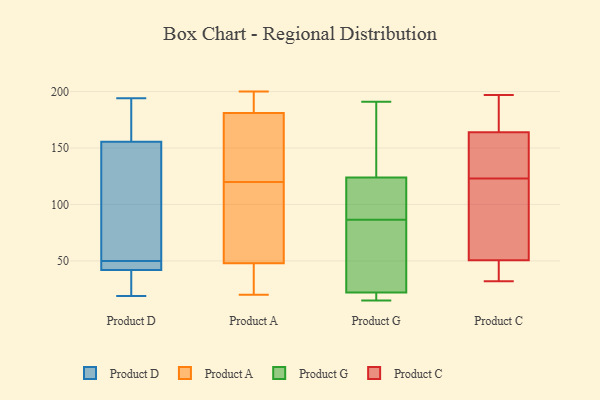
{"axis": {"x": "Operating Costs (USD K)", "y": "Value"}, "legend": ["Product A", "Product C", "Product D", "Product G"], "data": [{"x": "", "y": 178, "type": "Product D"}, {"x": "", "y": 19, "type": "Product D"}, {"x": "", "y": 36, "type": "Product D"}, {"x": "", "y": 137, "type": "Product D"}, {"x": "", "y": 194, "type": "Product D"}, {"x": "", "y": 44, "type": "Product D"}, {"x": "", "y": 151, "type": "Product D"}, {"x": "", "y": 30, "type": "Product D"}, {"x": "", "y": 169, "type": "Product D"}, {"x": "", "y": 44, "type": "Product D"}, {"x": "", "y": 50, "type": "Product D"}, {"x": "", "y": 46, "type": "Product D"}, {"x": "", "y": 58, "type": "Product D"}, {"x": "", "y": 115, "type": "Product A"}, {"x": "", "y": 198, "type": "Product A"}, {"x": "", "y": 130, "type": "Product A"}, {"x": "", "y": 164, "type": "Product A"}, {"x": "", "y": 27, "type": "Product A"}, {"x": "", "y": 20, "type": "Product A"}, {"x": "", "y": 199, "type": "Product A"}, {"x": "", "y": 125, "type": "Product A"}, {"x": "", "y": 200, "type": "Product A"}, {"x": "", "y": 62, "type": "Product A"}, {"x": "", "y": 56, "type": "Product A"}, {"x": "", "y": 40, "type": "Product A"}, {"x": "", "y": 22, "type": "Product G"}, {"x": "", "y": 15, "type": "Product G"}, {"x": "", "y": 191, "type": "Product G"}, {"x": "", "y": 124, "type": "Product G"}, {"x": "", "y": 26, "type": "Product G"}, {"x": "", "y": 17, "type": "Product G"}, {"x": "", "y": 110, "type": "Product G"}, {"x": "", "y": 103, "type": "Product G"}, {"x": "", "y": 70, "type": "Product G"}, {"x": "", "y": 182, "type": "Product G"}, {"x": "", "y": 40, "type": "Product C"}, {"x": "", "y": 188, "type": "Product C"}, {"x": "", "y": 32, "type": "Product C"}, {"x": "", "y": 32, "type": "Product C"}, {"x": "", "y": 168, "type": "Product C"}, {"x": "", "y": 145, "type": "Product C"}, {"x": "", "y": 70, "type": "Product C"}, {"x": "", "y": 54, "type": "Product C"}, {"x": "", "y": 35, "type": "Product C"}, {"x": "", "y": 142, "type": "Product C"}, {"x": "", "y": 163, "type": "Product C"}, {"x": "", "y": 197, "type": "Product C"}, {"x": "", "y": 123, "type": "Product C"}, {"x": "", "y": 144, "type": "Product C"}, {"x": "", "y": 167, "type": "Product C"}, {"x": "", "y": 72, "type": "Product C"}, {"x": "", "y": 69, "type": "Product C"}]}